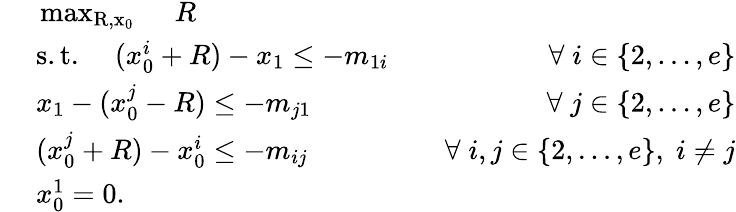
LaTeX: \begin{array}{rlr}&{\mathrm{~\operatorname*{max}_{R,x_0}~}\quad R}\\ &{\; \mathrm{s.t.}\quad\; (x_{0}^{i}+R)-x_{1}\le-m_{1i}}&{\quad\forall\; i\in\{ 2,\dots,e\} }\\ &{\; x_{1}-(x_{0}^{j}-R)\le-m_{j1}}&{\quad\forall\; j\in\{ 2,\ldots,e\} }\\ &{\; (x_{0}^{j}+R)-x_{0}^{i}\leq-m_{ij}}&{\quad\forall\; i,j\in\{ 2,\ldots,e\} ,\; i\neq j}\\ &{\; x_{0}^{1}=0.}\end{array}